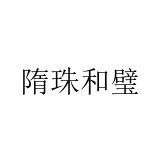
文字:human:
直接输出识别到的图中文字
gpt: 隋珠和璧